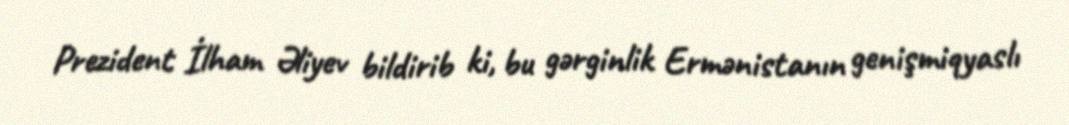
Prezident İlham Əliyev bildirib ki, bu gərginlik Ermənistanın genişmiqyaslı